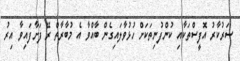
ސަރުކާރު އޮފީސްތަކާއި ކުންފުނިތަކަށް ހުޅުވާލައިގެން ބާއްވާ އެ މުބާރާތް ރޭ ފަށާފައިވާ އިރު